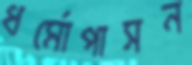
ধর্মোপাসন